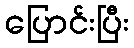
ပြောင်းပြီး